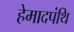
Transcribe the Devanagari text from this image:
हेमादपंथि